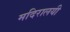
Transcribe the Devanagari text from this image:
मदिरालयी